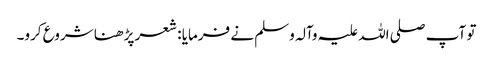
تو آپ صلی اللہ علیہ وآلہ وسلم نے فرمایا : شعر پڑھنا شروع کرو۔